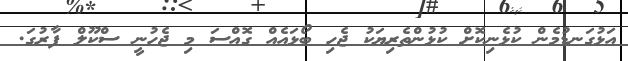
އަޅުގަނޑުމެން ކުޅެނިކޮށް ކުޅުންތެރިޔަކު ޖެހި ބޯޅައެއް ގޮއްސަ މި ޖެހުނީ ސްކޫލް ފާރުގަ.